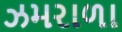
ઝમરાળા